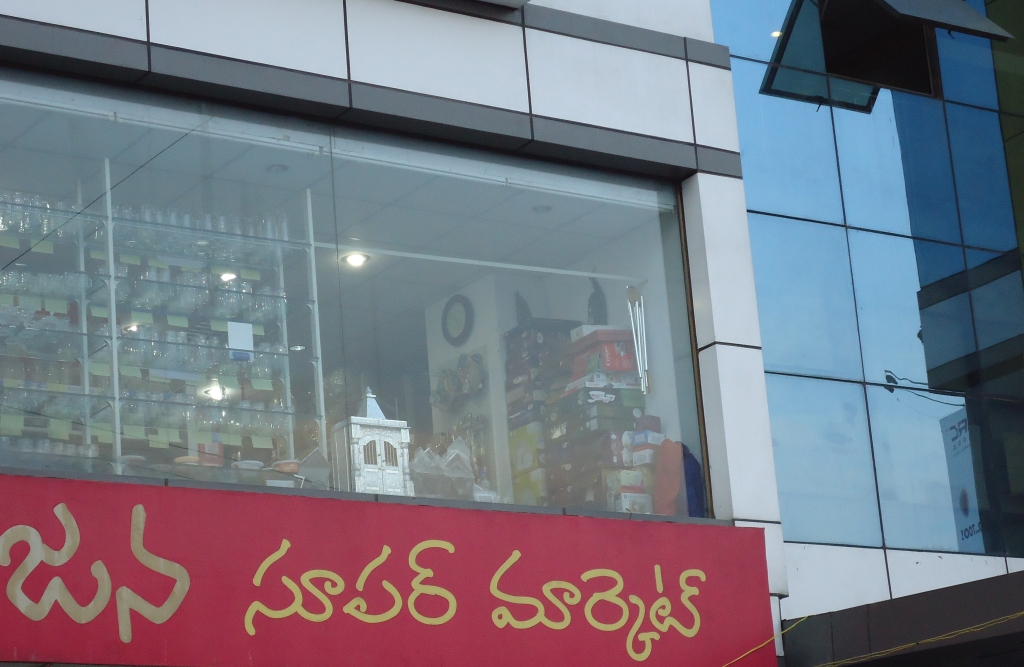
Language: telugu
Transcription: జన సూపర్ మార్కెట్